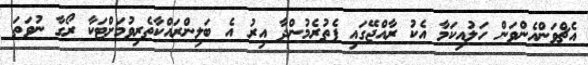
އެޗްވަންއެންވަން ހަލުއިކަމާ އެކު ރާއްޖޭގައި ފެތުރެމުންދާ އިރު އެ ބަލިންރައްކާތެރިވުމަށްޓަކާ ރޯގާ ނުވަތަ